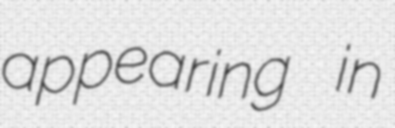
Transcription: appearing in